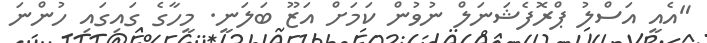
"އެއީ އަސްލު ޕްރޮފެޝަނަލް ނުވުން ކަމަށް އަޒޫ ބަލަނީ. މީހާގެ ގައިގައި ހުންނަ